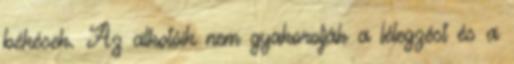
békések. Az alkotóik nem gyakorolják a lélegzést és a